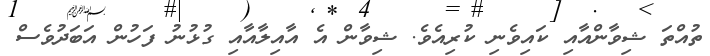
ތުއްތަ ޝިވާންއާއި ކައިވެނި ކުރިއެވެ. ޝިވާން އެ އާއިލާއާއި ގުޅުނު ފަހުން އަބަދުވެސް